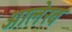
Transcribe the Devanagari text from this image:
अालेख